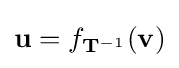
\mathbf {u} =f_{\mathbf {T} ^{-1}}(\mathbf {v} )